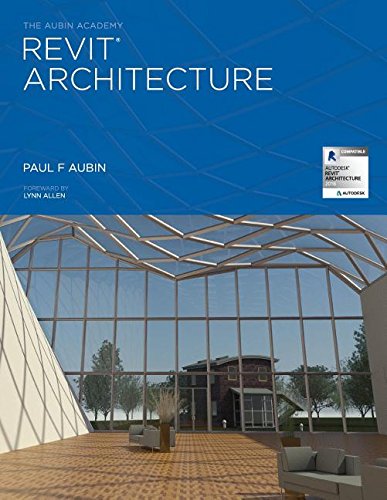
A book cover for The Aubin Academy Revit Architecture: 2016 and beyond; Paul F Aubin; Engineering & Transportation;